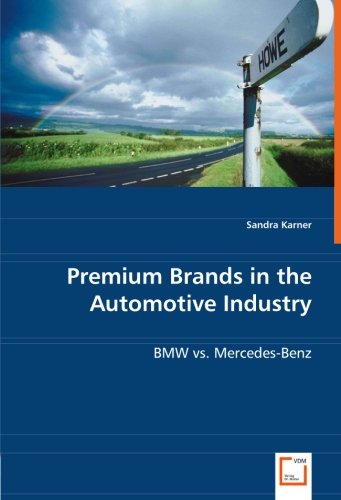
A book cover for Premium Brands in the Automotive Industry: BMW vs. Mercedes-Benz; Sandra Karner; Engineering & Transportation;